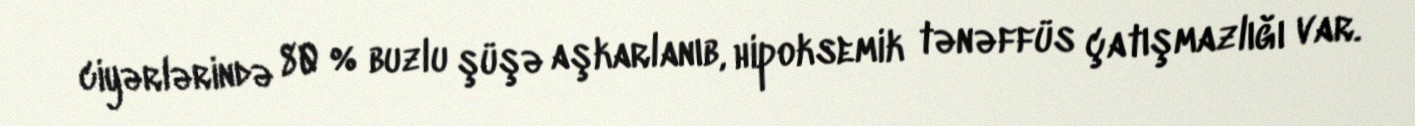
ciyərlərində 80 % buzlu şüşə aşkarlanıb, hipoksemik tənəffüs çatışmazlığı var.